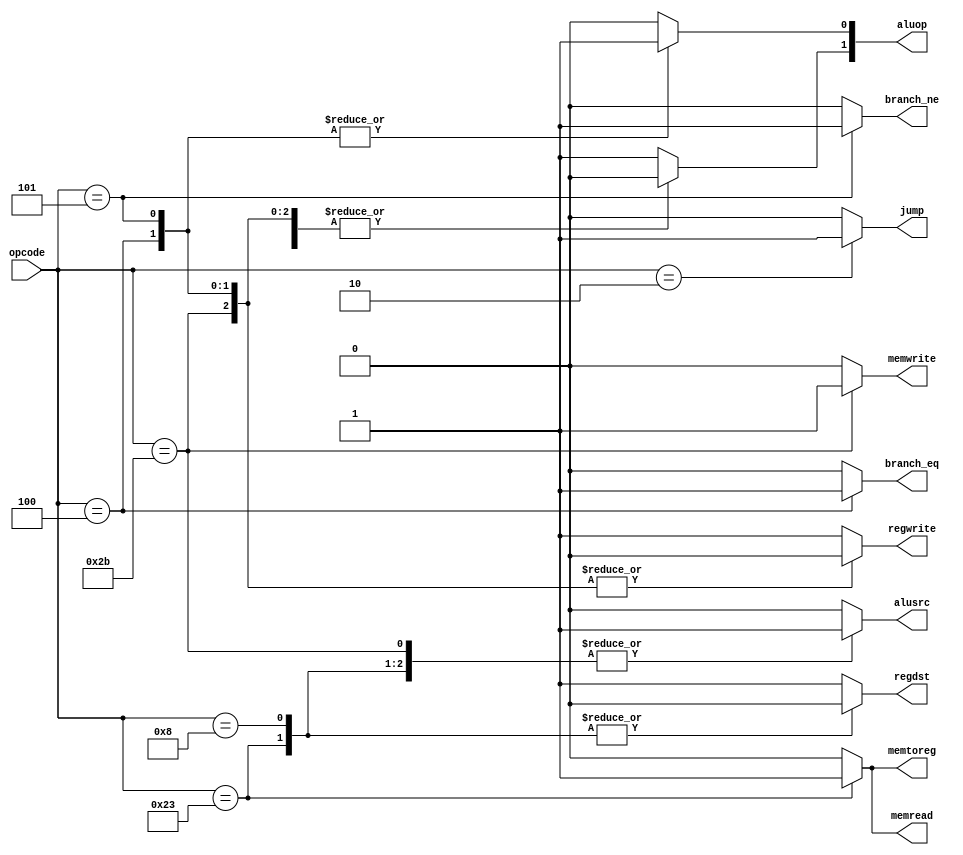
module control_13(
		input  wire	[5:0]	opcode,
		output reg			branch_eq, branch_ne,
		output reg [1:0]	aluop,
		output reg			memread, memwrite, memtoreg,
		output reg			regdst, regwrite, alusrc,
		output reg			jump);
	always @(*) begin
		aluop[1:0]	<= 2'b10;
		alusrc		<= 1'b0;
		branch_eq	<= 1'b0;
		branch_ne	<= 1'b0;
		memread		<= 1'b0;
		memtoreg	<= 1'b0;
		memwrite	<= 1'b0;
		regdst		<= 1'b1;
		regwrite	<= 1'b1;
		jump		<= 1'b0;
		case (opcode)
			6'b100011: begin	
				memread  <= 1'b1;
				regdst   <= 1'b0;
				memtoreg <= 1'b1;
				aluop[1] <= 1'b0;
				alusrc   <= 1'b1;
			end
			6'b001000: begin	
				regdst   <= 1'b0;
				aluop[1] <= 1'b0;
				alusrc   <= 1'b1;
			end
			6'b000100: begin	
				aluop[0]  <= 1'b1;
				aluop[1]  <= 1'b0;
				branch_eq <= 1'b1;
				regwrite  <= 1'b0;
			end
			6'b101011: begin	
				memwrite <= 1'b1;
				aluop[1] <= 1'b0;
				alusrc   <= 1'b1;
				regwrite <= 1'b0;
			end
			6'b000101: begin	
				aluop[0]  <= 1'b1;
				aluop[1]  <= 1'b0;
				branch_ne <= 1'b1;
				regwrite  <= 1'b0;
			end
			6'b000000: begin	
			end
			6'b000010: begin	
				jump <= 1'b1;
			end
		endcase
	end
endmodule